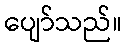
ပျော်သည်။